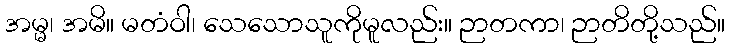
အမ္မ၊ အမိ။ မတံဝါ၊ သေသောသူကိုမူလည်း။ ဉာတကာ၊ ဉာတိတို့သည်။